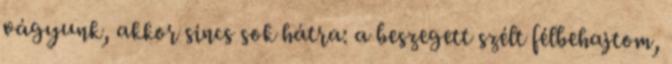
vágyunk, akkor sincs sok hátra: a beszegett szélt félbehajtom,